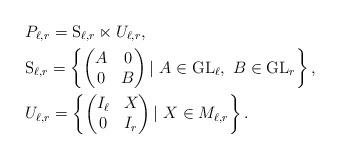
LaTeX: \begin{align*}&{P_{\ell,r}= \mathrm{S}_{\ell,r}\ltimes U_{\ell,r}},\\&\mathrm{S}_{\ell,r} = \left\{\begin{pmatrix}A&0\\0&B\end{pmatrix}|\ A\in\mathrm{GL}_{\ell},\ B\in\mathrm{GL}_{r} \right\},&\\&U_{\ell,r} = \left\{\begin{pmatrix}I_\ell&X\\0&I_r\end{pmatrix}|\ X\in M_{\ell,r}\right\}.&\end{align*}